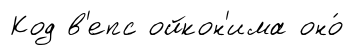
Код в'епс ойкон'има оно́